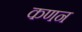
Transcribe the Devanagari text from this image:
कणन